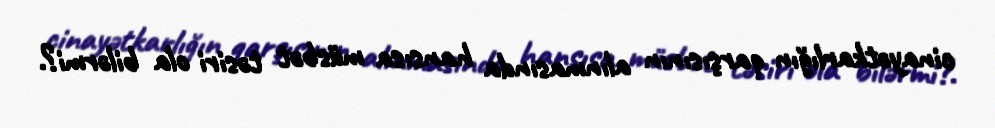
cinayətkarlığın qarşısının alınmasında hansısa müsbət təsiri ola bilərmi?.